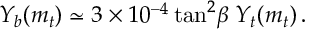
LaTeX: Y _ { b } ( m _ { t } ) \simeq 3 \times 1 0 ^ { - 4 } \tan ^ { 2 } \! \beta \; Y _ { t } ( m _ { t } ) \, .